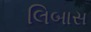
લિબાસ